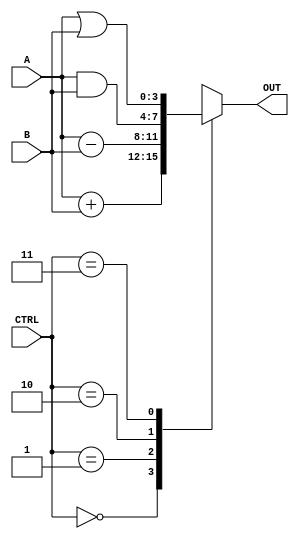
`timescale 1ns / 1ps

// Arithmetic Unit Module
module arithmetic_unit (
    input [3:0] A,        // 4-bit input A
    input [3:0] B,        // 4-bit input B
    input [1:0] CTRL,     // 2-bit control signal
    output reg [3:0] OUT  // 4-bit output
);
    always @(*) begin
        case (CTRL)
            2'b00: OUT = A + B;     // Addition
            2'b01: OUT = A - B;     // Subtraction
            2'b10: OUT = A & B;     // Bitwise AND
            2'b11: OUT = A | B;     // Bitwise OR
            default: OUT = 4'b0000; // Default case (should not occur)
        endcase
    end
endmodule

module tb_arithmetic_unit;

    // Inputs
    reg [3:0] A;
    reg [3:0] B;
    reg [1:0] CTRL;

    // Outputs
    wire [3:0] OUT;

    // Instantiate the Unit Under Test (UUT)
    arithmetic_unit uut (
        .A(A),
        .B(B),
        .CTRL(CTRL),
        .OUT(OUT)
    );

    initial begin
        // Initialize Inputs
        A = 4'b0000;
        B = 4'b0000;
        CTRL = 2'b00;

        // Wait for global reset to finish
        #100;

        // Testcase 1: Addition (CTRL=00)
        A = 4'b0011; B = 4'b0101; CTRL = 2'b00; #10;
        $display("Testcase 1: A=%b, B=%b, CTRL=00, OUT=%b", A, B, OUT);

        // Testcase 2: Subtraction (CTRL=01)
        A = 4'b0110; B = 4'b0010; CTRL = 2'b01; #10;
        $display("Testcase 2: A=%b, B=%b, CTRL=01, OUT=%b", A, B, OUT);

        // Testcase 3: Bitwise AND (CTRL=10)
        A = 4'b1100; B = 4'b1010; CTRL = 2'b10; #10;
        $display("Testcase 3: A=%b, B=%b, CTRL=10, OUT=%b", A, B, OUT);

        // Testcase 4: Bitwise OR (CTRL=11)
        A = 4'b1100; B = 4'b1010; CTRL = 2'b11; #10;
        $display("Testcase 4: A=%b, B=%b, CTRL=11, OUT=%b", A, B, OUT);

        // Finish the simulation
        $finish;
    end

endmodule